Madras plague regulations and rules - Volume 2
Disease focus: Plague
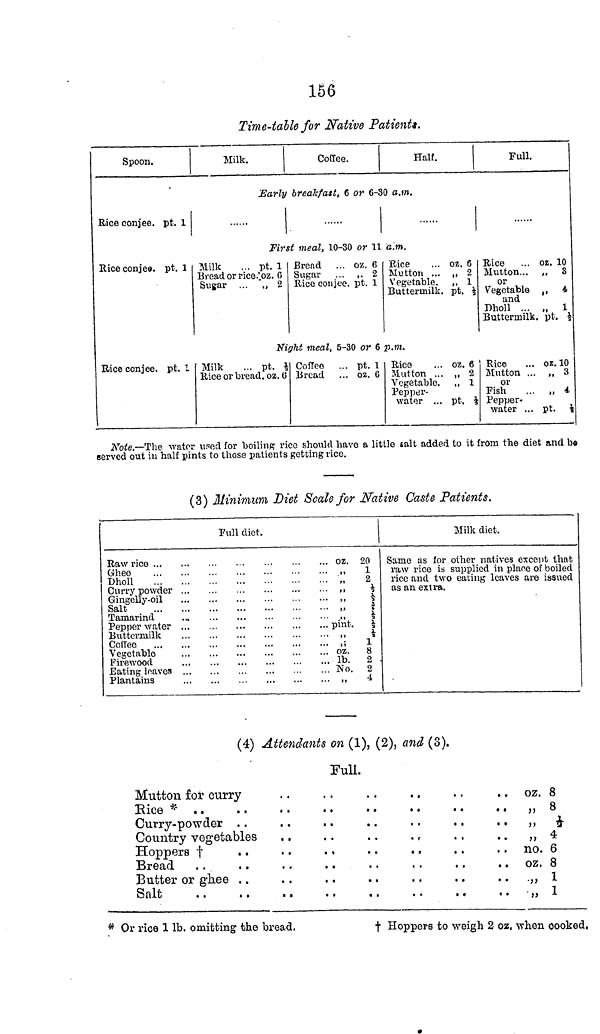
156
Time-table for Native Patients.
Spoon.
Milk.
Coffee.
Half.
Full.
Early breakfast, 6 or 6-30 a.m.
Rice conjee, pt. 1
First meal, 10-30 or 11 a.m.
Rice conjee, pt. 1 Milk
... pt. 1
Bread or rice.'oz. 0
Sugar ... "„ 2
Bread ... oz. 6
Sugar ... ,. 2
Rice conjee, pt. 1
Rice
... oz. 6
Mutton ... „ 2
Vegetable. ,, 1
Buttermilk, pt. ½
Rice ... oz. 10
Mutton... „ 8
or
Vegetable ,, 4
and
Dholl ... „ 1
Buttermilk, pt. ½
Niyht meal, 5-30 or 6 p.m.
Rice conjee, pt. 1 Milk
. . pt. ½
Rice or bread, oz. 6
Coffee ... pt. 1
Bread ... oz. 6
Rice
... oz. 6
Mutton ... „ 2
Vegetable. „ 1
Pepper-
water ... pt, ½
Rice
... oz. 10
Mutton ... ,, 3
or
Fish
... „ 4
Pepper-
water ... pt. '•.
Note.—The water used for boilling rice should have a little salt added to it from the diet and be
served out in half pints to those patients getting rice.
(3) Minimum Diet Scale for Native Caste Patients.
Full diet.
Raw rice
Gheo
Dholl
Curry powder
Gingelly-oil
Salt
Tamarind
...
Pepper water
Buttermilk
Coffee
Vegetable
Firewood
Eating leaves
Plantains
... oz.
• , ,
... pint.
... oz.
lb.
... No.
"
20
1
a
*
½
* ½
½
1
8
2
2
4
Milk diet.
Same as lor other natives except that
raw rice is supplied in place of boiled
rice and two eating leaves are issued
as an extra.
(4) Attendants on (1), (2), and (3).
Full.
Mutton for curry
Rice *
Curry-powder
Country vegetables
Hoppers †
Bread
Butter or ghee
Salt
. . oz. 8
,, 8
„ ½
..
,, 4
no. 6
oz. 8
„ 1
„ 1
* Or rice 1 lb. omitting the bread,
† Hoppers to weigh 2 oz. when cooked,